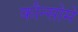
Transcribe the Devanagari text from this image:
कौन्सोमे